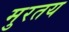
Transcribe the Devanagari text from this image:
मुरतय